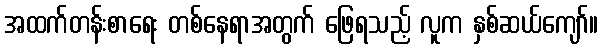
အထက်တန်းစာရေး တစ်နေရာအတွက် ဖြေရသည့် လူက နှစ်ဆယ်ကျော်။